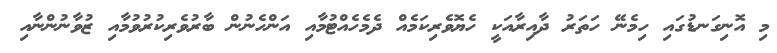
މި އޮނިގަނޑުގައި ހިމެނޭ ހަތަރު ދާއިރާއަކީ ހެޔޮވެރިކަމެއް ދެމެހެއްޓުމާއި އަންހެނުން ބާރުވެރިކުރުވުމާއި ޒުވާނުންނާއި